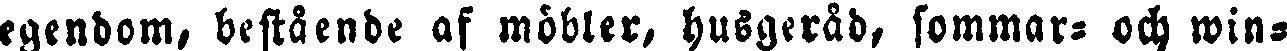
egendom, bestående af möbler, husgeråd, sommar- och win-